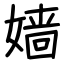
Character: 嫱